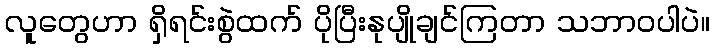
လူတွေဟာ ရှိရင်းစွဲထက် ပိုပြီးနုပျိုချင်ကြတာ သဘာဝပါပဲ။